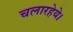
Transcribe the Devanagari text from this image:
चलारहेये।